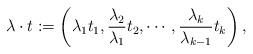
LaTeX: \begin{align*} \lambda \cdot t := \left( \lambda_1 t_1, \frac{\lambda_2}{\lambda_1} t_2, \cdots, \frac{\lambda_k}{\lambda_{k-1}} t_k \right),\end{align*}